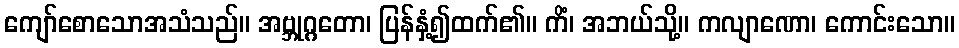
ကျော်စောသောအသံသည်။ အဗ္ဘုဂ္ဂတော၊ ပြန်နှံ့၍ထက်၏။ ကိံ၊ အဘယ်သို့။ ကလျာဏော၊ ကောင်းသော။